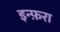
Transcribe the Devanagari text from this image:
इन्फ़रा